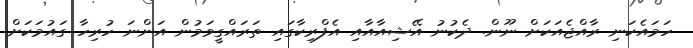
ހަމައެކަނި ރާއްޖެއަކަށް ނޫން. ދެކުނު އޭޝިއާއާއި އެފްރިކާގައި ތަރައްގީވަމުން އަންނަ ހުރިހާ ގައުމަކަށް